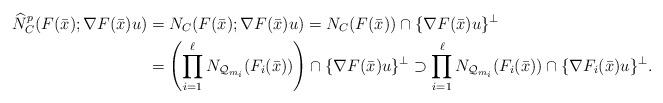
LaTeX: \begin{align*}\widehat N^p_C(F(\bar x);\nabla F(\bar x)u)&=N_C(F(\bar x);\nabla F(\bar x)u)=N_C(F(\bar x))\cap\{\nabla F(\bar x)u\}^\perp\\&=\left(\prod_{i=1}^\ell N_{\mathcal Q_{m_i}}(F_i(\bar x))\right)\cap\{\nabla F(\bar x)u\}^\perp\supset\prod_{i=1}^\ell N_{\mathcal Q_{m_i}}(F_i(\bar x))\cap\{\nabla F_i(\bar x)u\}^\perp.\end{align*}